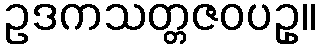
ဥဒကသတ္တဇဝပဥှ။